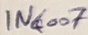
Text: IN6007